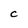
Character: C